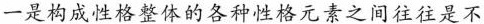
一是构成性格整体的各种性格元素之间往往是不